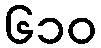
၆၁၀